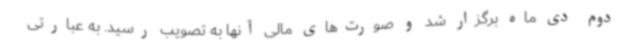
دوم دی ماه برگزار شد و صورت‌های مالی آنها به تصویب رسید. به عبارتی